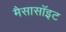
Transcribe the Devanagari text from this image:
मैसासॉइट